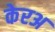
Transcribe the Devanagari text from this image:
केरअ